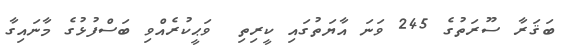
ބަޤަރާ ސޫރަތުގެ 245 ވަނަ އާޔަތުގައި ކީރިތި  ވަޙީކުރެއްވި ބަސްފުޅުގެ މާނައިގާ